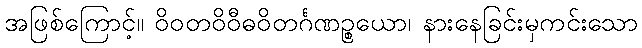
အဖြစ်ကြောင့်။ ဝိဝတဝိဝီဓဝိတင်္ဂဏဉ္စယော၊ နားနေခြင်းမှကင်းသော